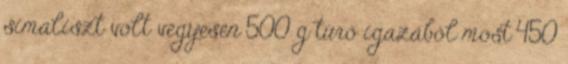
simaliszt volt vegyesen 500 g túró igazából most 450